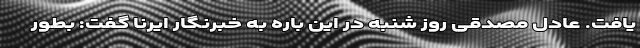
یافت. عادل مصدقی روز شنبه در این باره به خبرنگار ایرنا گفت: بطور